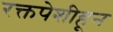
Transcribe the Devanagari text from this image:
रक्तपेशीहून